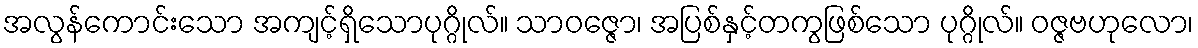
အလွန်ကောင်းသော အကျင့်ရှိသောပုဂ္ဂိုလ်။ သာဝဇ္ဇော၊ အပြစ်နှင့်တကွဖြစ်သော ပုဂ္ဂိုလ်။ ဝဇ္ဇဗဟုလော၊